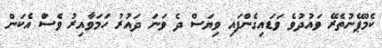
ކެމްޕޭނުތެރޭ ވައުދުވެ ވަޑައިގެންފައި ވިޔަސް ދެ ވަނަ ދައުރު ހަމަވާއިރު ވެސް އެކަން